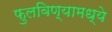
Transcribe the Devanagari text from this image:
फुलविण्यामध्ये